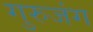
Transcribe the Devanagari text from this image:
गुरुजंग